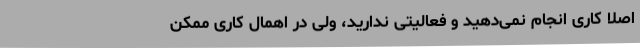
اصلا کاری انجام نمی‌دهید و فعالیتی ندارید، ولی در اهمال کاری ممکن